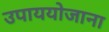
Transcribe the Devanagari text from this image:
उपाययोजाना